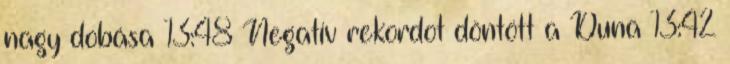
nagy dobása 13:48 Negatív rekordot döntött a Duna 13:42